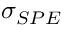
\sigma _ { S P E }